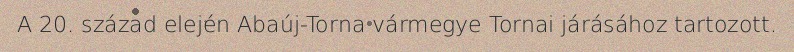
A 20. század elején Abaúj-Torna vármegye Tornai járásához tartozott.